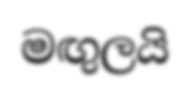
මඟුලයි